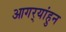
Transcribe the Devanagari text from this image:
आगर्‍यांहुन